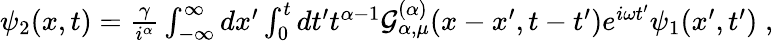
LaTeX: \begin{array}{r}{\psi_{2}(x,t)=\frac{\gamma}{i^{\alpha}}\int_{-\infty}^{\infty}dx^{\prime}\int_{0}^{t}dt^{\prime}t^{\alpha-1}{\cal{G}}_{\alpha,\mu}^{(\alpha)}(x-x^{\prime},t-t^{\prime})e^{i\omega t^{\prime}}\psi_{1}(x^{\prime},t^{\prime})\; ,}\end{array}